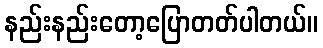
နည်းနည်းတော့ပြောတတ်ပါတယ်။